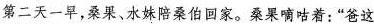
第二天一早，桑果、水妹陪桑伯回家，桑果嘀咕着：”爸这